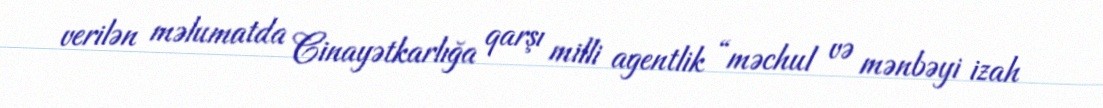
verilən məlumatda Cinayətkarlığa qarşı milli agentlik “məchul və mənbəyi izah